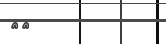
٤٢